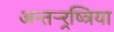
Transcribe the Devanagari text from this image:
अन्तर्‍र्रष्त्रिया